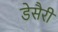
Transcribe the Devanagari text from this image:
डेसैरी